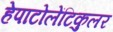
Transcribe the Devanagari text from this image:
हेपाटोलेंटिकुलर